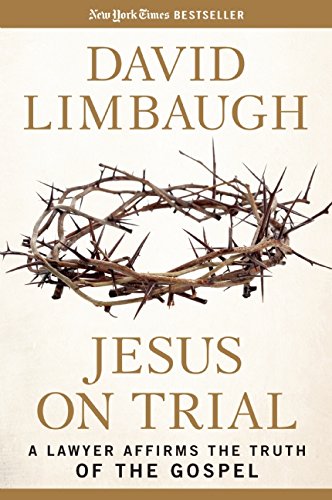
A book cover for Jesus on Trial: A Lawyer Affirms the Truth of the Gospel; David Limbaugh; Christian Books & Bibles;